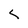
Character: L